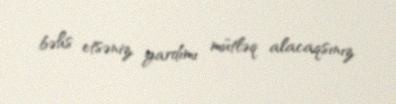
bəhs etsəniz, yardımı mütləq alacaqsınız.